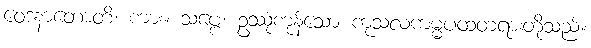
ဝေဒနာတောတိ၊ ကား။ သဗ္ဗေ၊ ဥဿုံကုန်သော ကုသလကမ္မပထတရားတို့သည်။